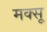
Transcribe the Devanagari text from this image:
मक्सू